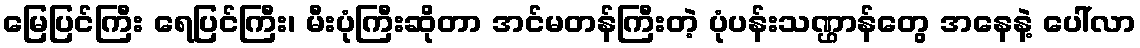
မြေပြင်ကြီး ရေပြင်ကြီး၊ မီးပုံကြီးဆိုတာ အင်မတန်ကြီးတဲ့ ပုံပန်းသဏ္ဌာန်တွေ အနေနဲ့ ပေါ်လာ